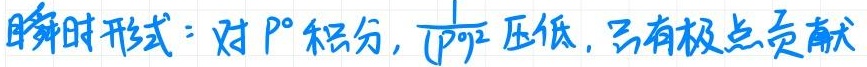
瞬时形式：对$p^0$积分，$\overline{(p^0)^2}$压低，只有极点贡献